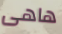
هاهى